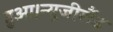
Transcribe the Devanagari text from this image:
हुआ।न्यूजीलैंड